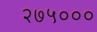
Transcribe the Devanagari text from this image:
२७५०००